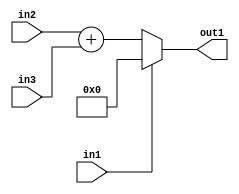
`timescale 1ps / 1ps
/*****************************************************************************
    Verilog RTL Description
    
    
    Created by: Stratus DpOpt 21.05.01 
*******************************************************************************/

module dut_entirecomputation_alt16_4 (
	in1,
	in2,
	in3,
	out1
	); /* architecture "behavioural" */ 
input  in1;
input [9:0] in2,
	in3;
output [10:0] out1;
wire [10:0] asc001,
	asc002;

assign asc002 = 
	+(in2)
	+(in3);

reg [10:0] asc001_tmp_0;
assign asc001 = asc001_tmp_0;
always @ (in1 or asc002) begin
	case (in1)
		1'B1 : asc001_tmp_0 = 11'B00000000000 ;
		default : asc001_tmp_0 = asc002 ;
	endcase
end

assign out1 = asc001;
endmodule

/* CADENCE  v7L4TAA= : u9/ySxbfrwZIxEzHVQQV8Q== ** DO NOT EDIT THIS LINE ******/